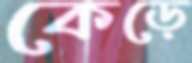
কেড়ে